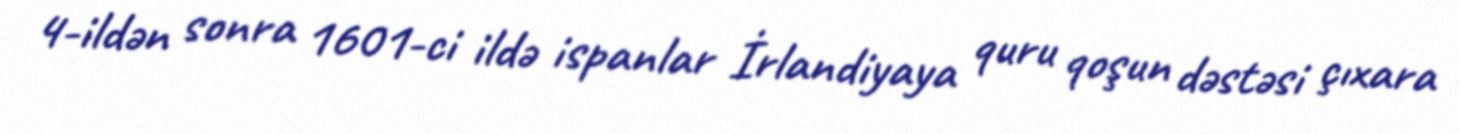
4-ildən sonra 1601-ci ildə ispanlar İrlandiyaya quru qoşun dəstəsi çıxara